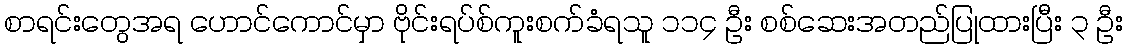
စာရင်းတွေအရ ဟောင်ကောင်မှာ ဗိုင်းရပ်စ်ကူးစက်ခံရသူ ၁၁၄ ဦး စစ်ဆေးအတည်ပြုထားပြီး ၃ ဦး